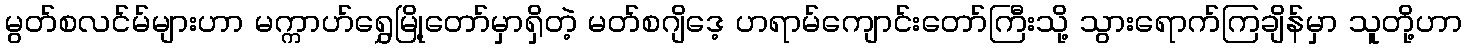
မွတ်စလင်မ်များဟာ မက္ကာဟ်ရွှေမြို့တော်မှာရှိတဲ့ မတ်စဂျိဒေ့ ဟရာမ်ကျောင်းတော်ကြီးသို့ သွားရောက်ကြချိန်မှာ သူတို့ဟာ